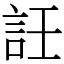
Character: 䚾